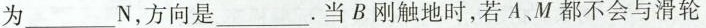
为___N，方向是____。当B刚触地时，若A、M都不会与滑轮